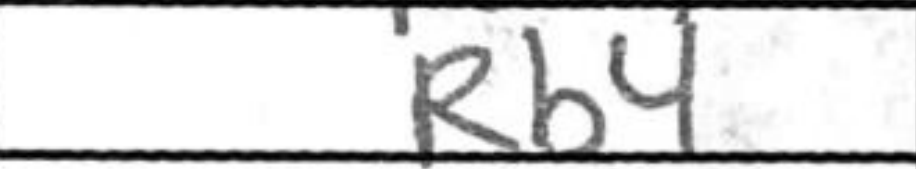
Transcription: Rb4